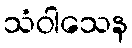
သံဝါသေန